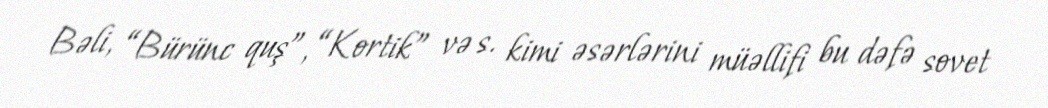
Bəli, “Bürünc quş”, “Kortik” və s. kimi əsərlərini müəllifi bu dəfə sovet